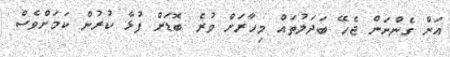
އަށް ގެންނަން ޖެހޭ ބަދަލުތައް މިހާރަށް ވުރެ ބޮޑަށް ފުޅާ ކުރުން ކަމަށްވެސް